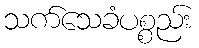
သက်သေခံပစ္စည်း